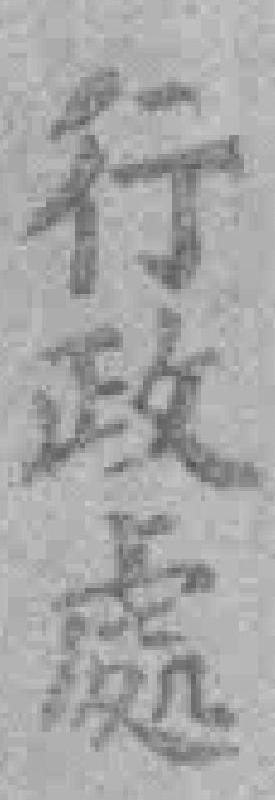
行政處